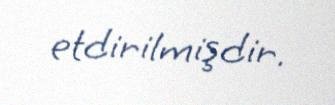
etdirilmişdir.